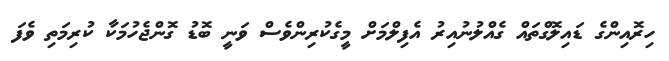
ހިރޮއިންގެ ޑައިލޮގްތައް ގެއްލުނުއިރު އެފިލްމަށް މީގެކުރިންވެސް ވަނީ ބޮޑު ގޮންޖެހުމަކާ ކުރިމަތި ވެފަ